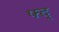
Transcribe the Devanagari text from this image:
फ्द्